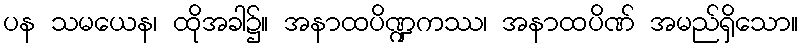
ပန သမယေန၊ ထိုအခါ၌။ အနာထပိဏ္ဍကဿ၊ အနာထပိဏ် အမည်ရှိသော။